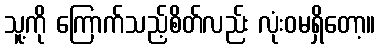
သူ့ကို ကြောက်သည့်စိတ်လည်း လုံးဝမရှိတော့။